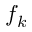
f _ { k }